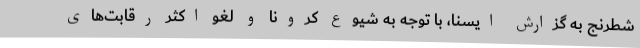
شطرنج به گزارش ایسنا، با توجه به شیوع کرونا و لغو اکثر رقابت‌های